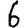
Digit: 6